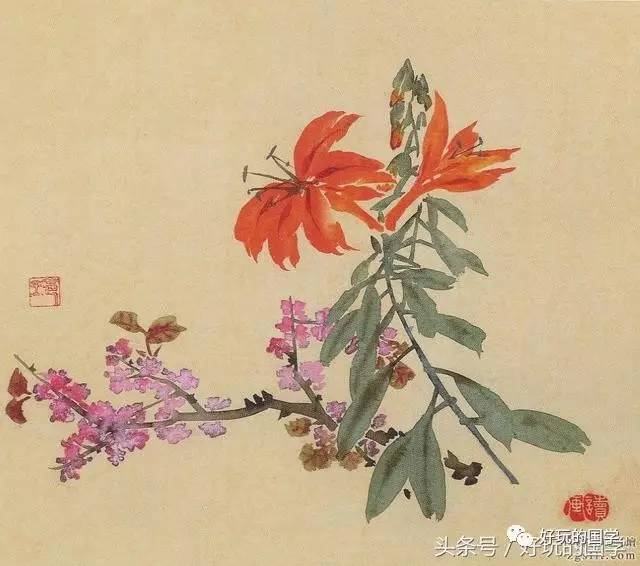
夜来小雨新霁，双燕舞风斜。